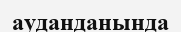
ауданданында